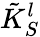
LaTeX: \tilde{K}_{S}^{l}